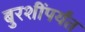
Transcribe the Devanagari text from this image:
बुरशींपर्यंत